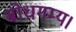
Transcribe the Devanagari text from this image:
बोधगम्य।